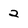
Character: 2